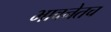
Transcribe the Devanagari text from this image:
भावनेतच